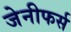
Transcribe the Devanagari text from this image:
जेनीफर्स